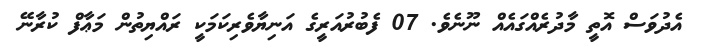
އެދުވަސް އޮތީ މާދުރެއްގައެއް ނޫނެވެ. 07 ފެބުރުއަރީގެ އަނިޔާވެރިކަމަކީ ރައްޔިތުން މަޢާފް ކުރާނޭ